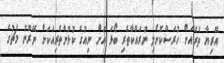
އޭރިޔާ ތެރެއަށް ހުރަސްކޮށްލި ނުރައްކާތެރި ބޯޅަ އަށް ނިއުގެ ކުޅުންތެރިއަކަށް ނޭރުނު މެޗުގެ